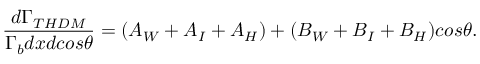
\frac { d \Gamma _ { T H D M } } { \Gamma _ { b } d x d c o s \theta } = ( A _ { W } + A _ { I } + A _ { H } ) + ( B _ { W } + B _ { I } + B _ { H } ) c o s \theta .